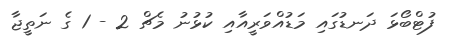
ފުޓްބޯޅަ ދަނޑުގައި މަޑުއްވަރީއާއި ކުޅުނު މެޗް 2 - 1 ގެ ނަތީޖާ